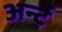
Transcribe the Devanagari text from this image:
अर्न्ट